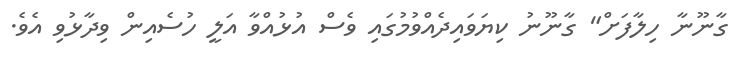
ގާނޫނާ ހިލާފަށް" ގާނޫނު ކިޔަވައިދެއްވުމުގައި ވެސް އުޅުއްވާ އަލީ ހުސެއިން ވިދާޅުވި އެވެ.